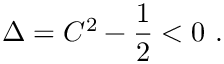
\Delta = C ^ { 2 } - { \frac { 1 } { 2 } } < 0 \ .